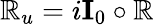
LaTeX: \mathbb{R}_{u}=i\textbf{I}_{0}\circ\mathbb{R}